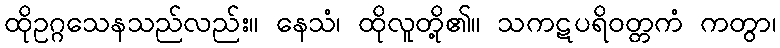
ထိုဥဂ္ဂသေနသည်လည်း။ နေသံ၊ ထိုလူတို့၏။ သကဋပရိဝတ္တကံ ကတွာ၊